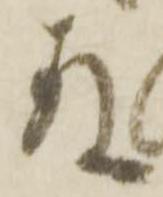
存